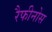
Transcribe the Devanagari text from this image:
रैफीनोस